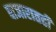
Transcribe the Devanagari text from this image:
बाजारातही